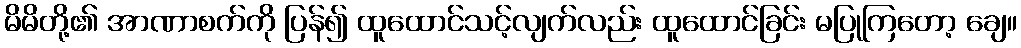
မိမိတို့၏ အာဏာစက်ကို ပြန်၍ ထူထောင်သင့်လျက်လည်း ထူထောင်ခြင်း မပြုကြတော့ ချေ။